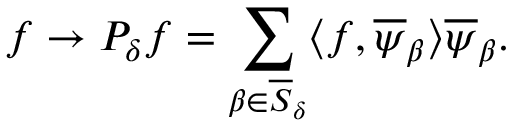
f \rightarrow P _ { \delta } f = \sum _ { \beta \in \overline { { S } } _ { \delta } } \langle f , \overline { { \psi } } _ { \beta } \rangle \overline { { \psi } } _ { \beta } .